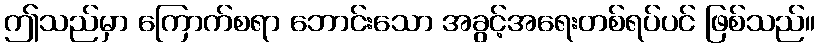
ဤသည်မှာ ကြောက်စရာ ဘောင်းသော အခွင့်အရေးတစ်ရပ်ပင် ဖြစ်သည်။